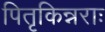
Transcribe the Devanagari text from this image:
पितृकिन्नराः